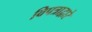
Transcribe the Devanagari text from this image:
विपत्राद्वारे